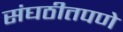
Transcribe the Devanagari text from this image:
संघठीतपणे